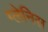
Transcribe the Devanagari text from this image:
ग्लेनिस